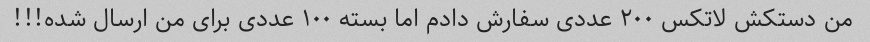
من دستکش لاتکس ۲۰۰ عددی سفارش دادم اما بسته ۱۰۰ عددی برای من ارسال شده!!!